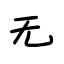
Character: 无